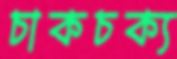
চাকচক্য